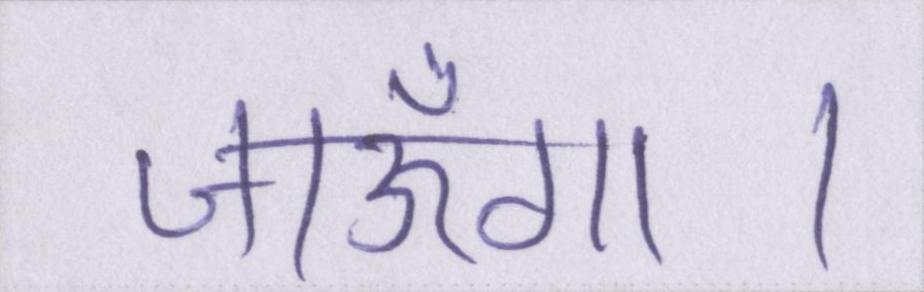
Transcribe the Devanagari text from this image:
जाऊँगा।